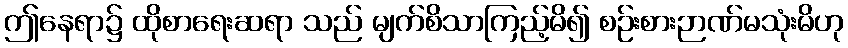
ဤနေရာ၌ ထိုစာရေးဆရာ သည် မျက်စိသာကြည့်မိ၍ စဉ်းစားဉာဏ်မသုံးမိဟု